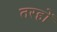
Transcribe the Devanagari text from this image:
तरहों